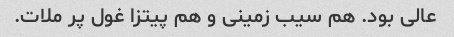
عالی بود. هم سیب زمینی و هم پیتزا غول پر ملات.